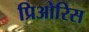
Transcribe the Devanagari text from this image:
प्रिओरिस